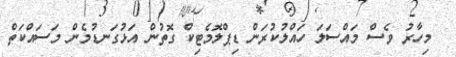
މިހާރު ވެސް މައްސަލަ ހައްލުކުރަން ޑިޕްލޮމެޓިކް ގޮތުން އަޅުގަނޑުމެން މަސައްކަތް